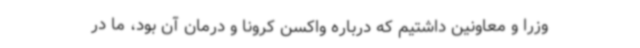
وزرا و معاونین داشتیم که درباره واکسن کرونا و درمان آن بود، ما در